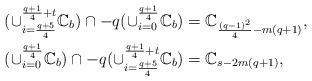
LaTeX: \begin{align*} (\cup_{i=\frac{q+5}{4}}^{\frac{q+1}{4}+t}\mathbb{C}_{b})\cap-q(\cup_{i=0}^{\frac{q+1}{4}}\mathbb{C}_{b})&=\mathbb{C}_{\frac{(q-1)^2}{4}-m(q+1)},\\(\cup_{i=0}^{\frac{q+1}{4}}\mathbb{C}_{b})\cap-q(\cup_{i=\frac{q+5}{4}}^{\frac{q+1}{4}+t}\mathbb{C}_{b})&=\mathbb{C}_{s-2m(q+1)},\end{align*}